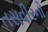
તસવીરનો